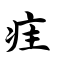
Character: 疰